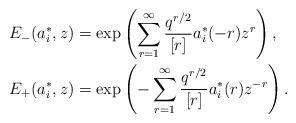
LaTeX: \begin{align*}E_{-}(a_{i}^{*},z)&=\exp\left(\sum_{r=1}^{\infty}\frac{q^{r/2}}{[r]}a_{i}^{*}(-r)z^{r}\right),\\E_{+}(a_{i}^{*},z)&=\exp\left(-\sum_{r=1}^{\infty}\frac{q^{r/2}}{[r]}a_{i}^{*}(r)z^{-r}\right).\end{align*}